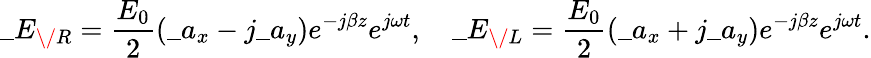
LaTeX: \_ E_{\/ R}={\frac{E_{0}}{2}}(\_ a_{x}-j\_ a_{y})e^{-j\beta z}e^{j\omega t},\quad\_ E_{\/ L}={\frac{E_{0}}{2}}(\_ a_{x}+j\_ a_{y})e^{-j\beta z}e^{j\omega t}.